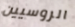
الروسيين